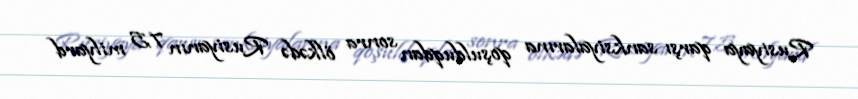
Rusiyaya qarşı sanksiyalarına qoşulduqdan sonra ölkədə Rusiyanın 7,5 milyard